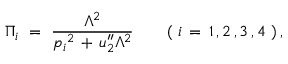
\Pi _ { i } \ = \ \frac { \Lambda ^ { 2 } } { p _ { i } { } ^ { 2 } \, + \, u _ { 2 } ^ { \prime \prime } \Lambda ^ { 2 } } \qquad ( \ i \, = \, 1 \, , 2 \, , 3 \, , 4 \ ) \, ,